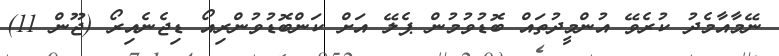
ނޭމާއާމެދު ކުރެވޭ އުންމީދުތައް ބޮޑުވުމުން ޕެލޭ އަށް ކަންބޮޑުވުންރިއޯ ޑިޖެނެއިރޯ (ޖޫން 11)